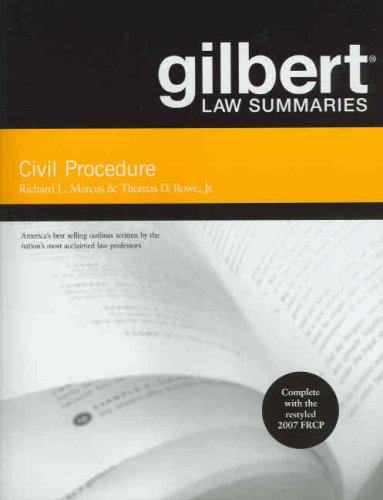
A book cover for Gilbert Law Summaries on Civil Procedure; Richard Marcus; Law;